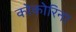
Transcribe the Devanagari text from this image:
कोकोरिना